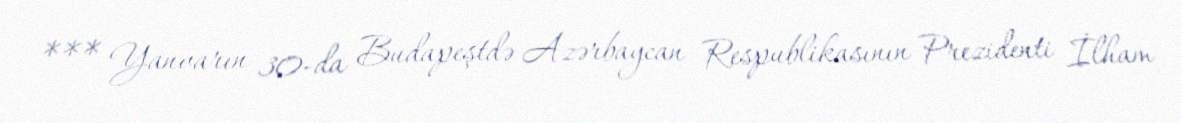
*** Yanvarın 30-da Budapeştdə Azərbaycan Respublikasının Prezidenti İlham